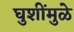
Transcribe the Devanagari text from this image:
घुशींमुळे